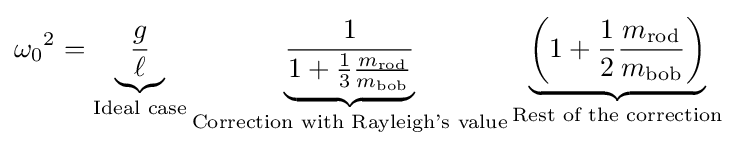
{\omega _{0}}^{2}=\underbrace {\frac {g}{\ell }} _{\text{Ideal case}}\underbrace {\frac {1}{1+{\frac {1}{3}}{\frac {m_{\mathrm {rod} }}{m_{\mathrm {bob} }}}}} _{\text{Correction with Rayleigh's value}}\underbrace {\left(1+{\frac {1}{2}}{\frac {m_{\mathrm {rod} }}{m_{\mathrm {bob} }}}\right)} _{\text{Rest of the correction}}